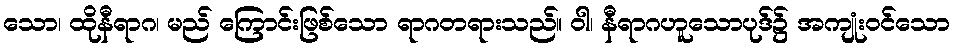
သော၊ ထိုနီရာဂ၊ မည် ကြောင်းဖြစ်သော ရာဂတရားသည်။ ဝါ၊ နီရာဂဟူသောပုဒ်၌ အကျုံးဝင်သော